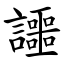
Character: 讍